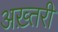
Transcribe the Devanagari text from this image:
अख़्तरी